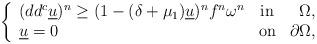
LaTeX: \begin{align*}\left\lbrace\begin{array}{lcr}(dd^c \underline u)^n\geq (1-(\delta+ \mu_1)\underline u )^nf^n\omega^n& \textnormal {in} &\Omega,\\\underline u=0 & \textnormal{on} & \partial\Omega,\end{array}\right.\end{align*}